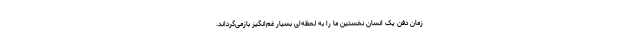
زمان دفن یک انسان نخستین ما را به لحظه‌ای بسیار غم‌انگیز بازمی‌گرداند.